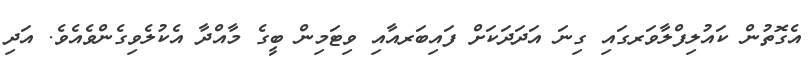
އެގޮތުން ކައުލިފްލާވަރގައި ގިނަ އަދަދަކަށް ފައިބަރއާއި ވިޓަމިން ބީގެ މާއްދާ އެކުލެވިގެންވެއެވެ. އަދި